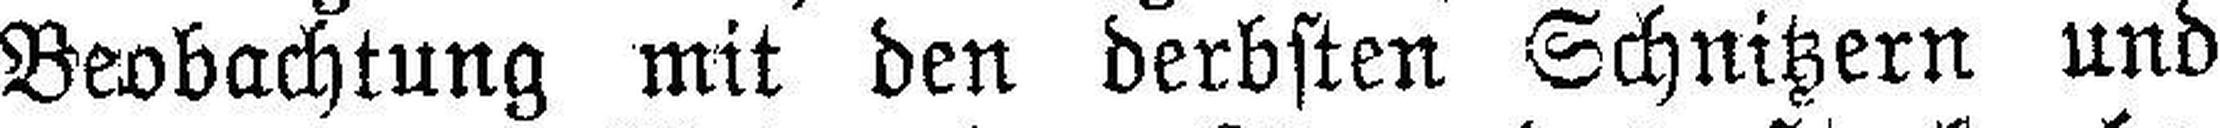
Beobachtung mit den derbsten Schnitzern und